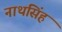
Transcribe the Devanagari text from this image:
नाथसिंह